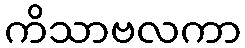
ကိသာဗလကာ